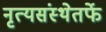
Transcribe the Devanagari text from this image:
नृत्यसंस्थेतर्फे